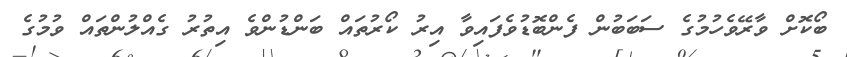
ބޯކޮށް ވާރޭވެހުމުގެ ސަބަބުން ފެންބޮޑުވެފައިވާ އިރު ކޯރުތައް ބަންޑުންވެ އިތުރު ގެއްލުންތައް ވުމުގެ